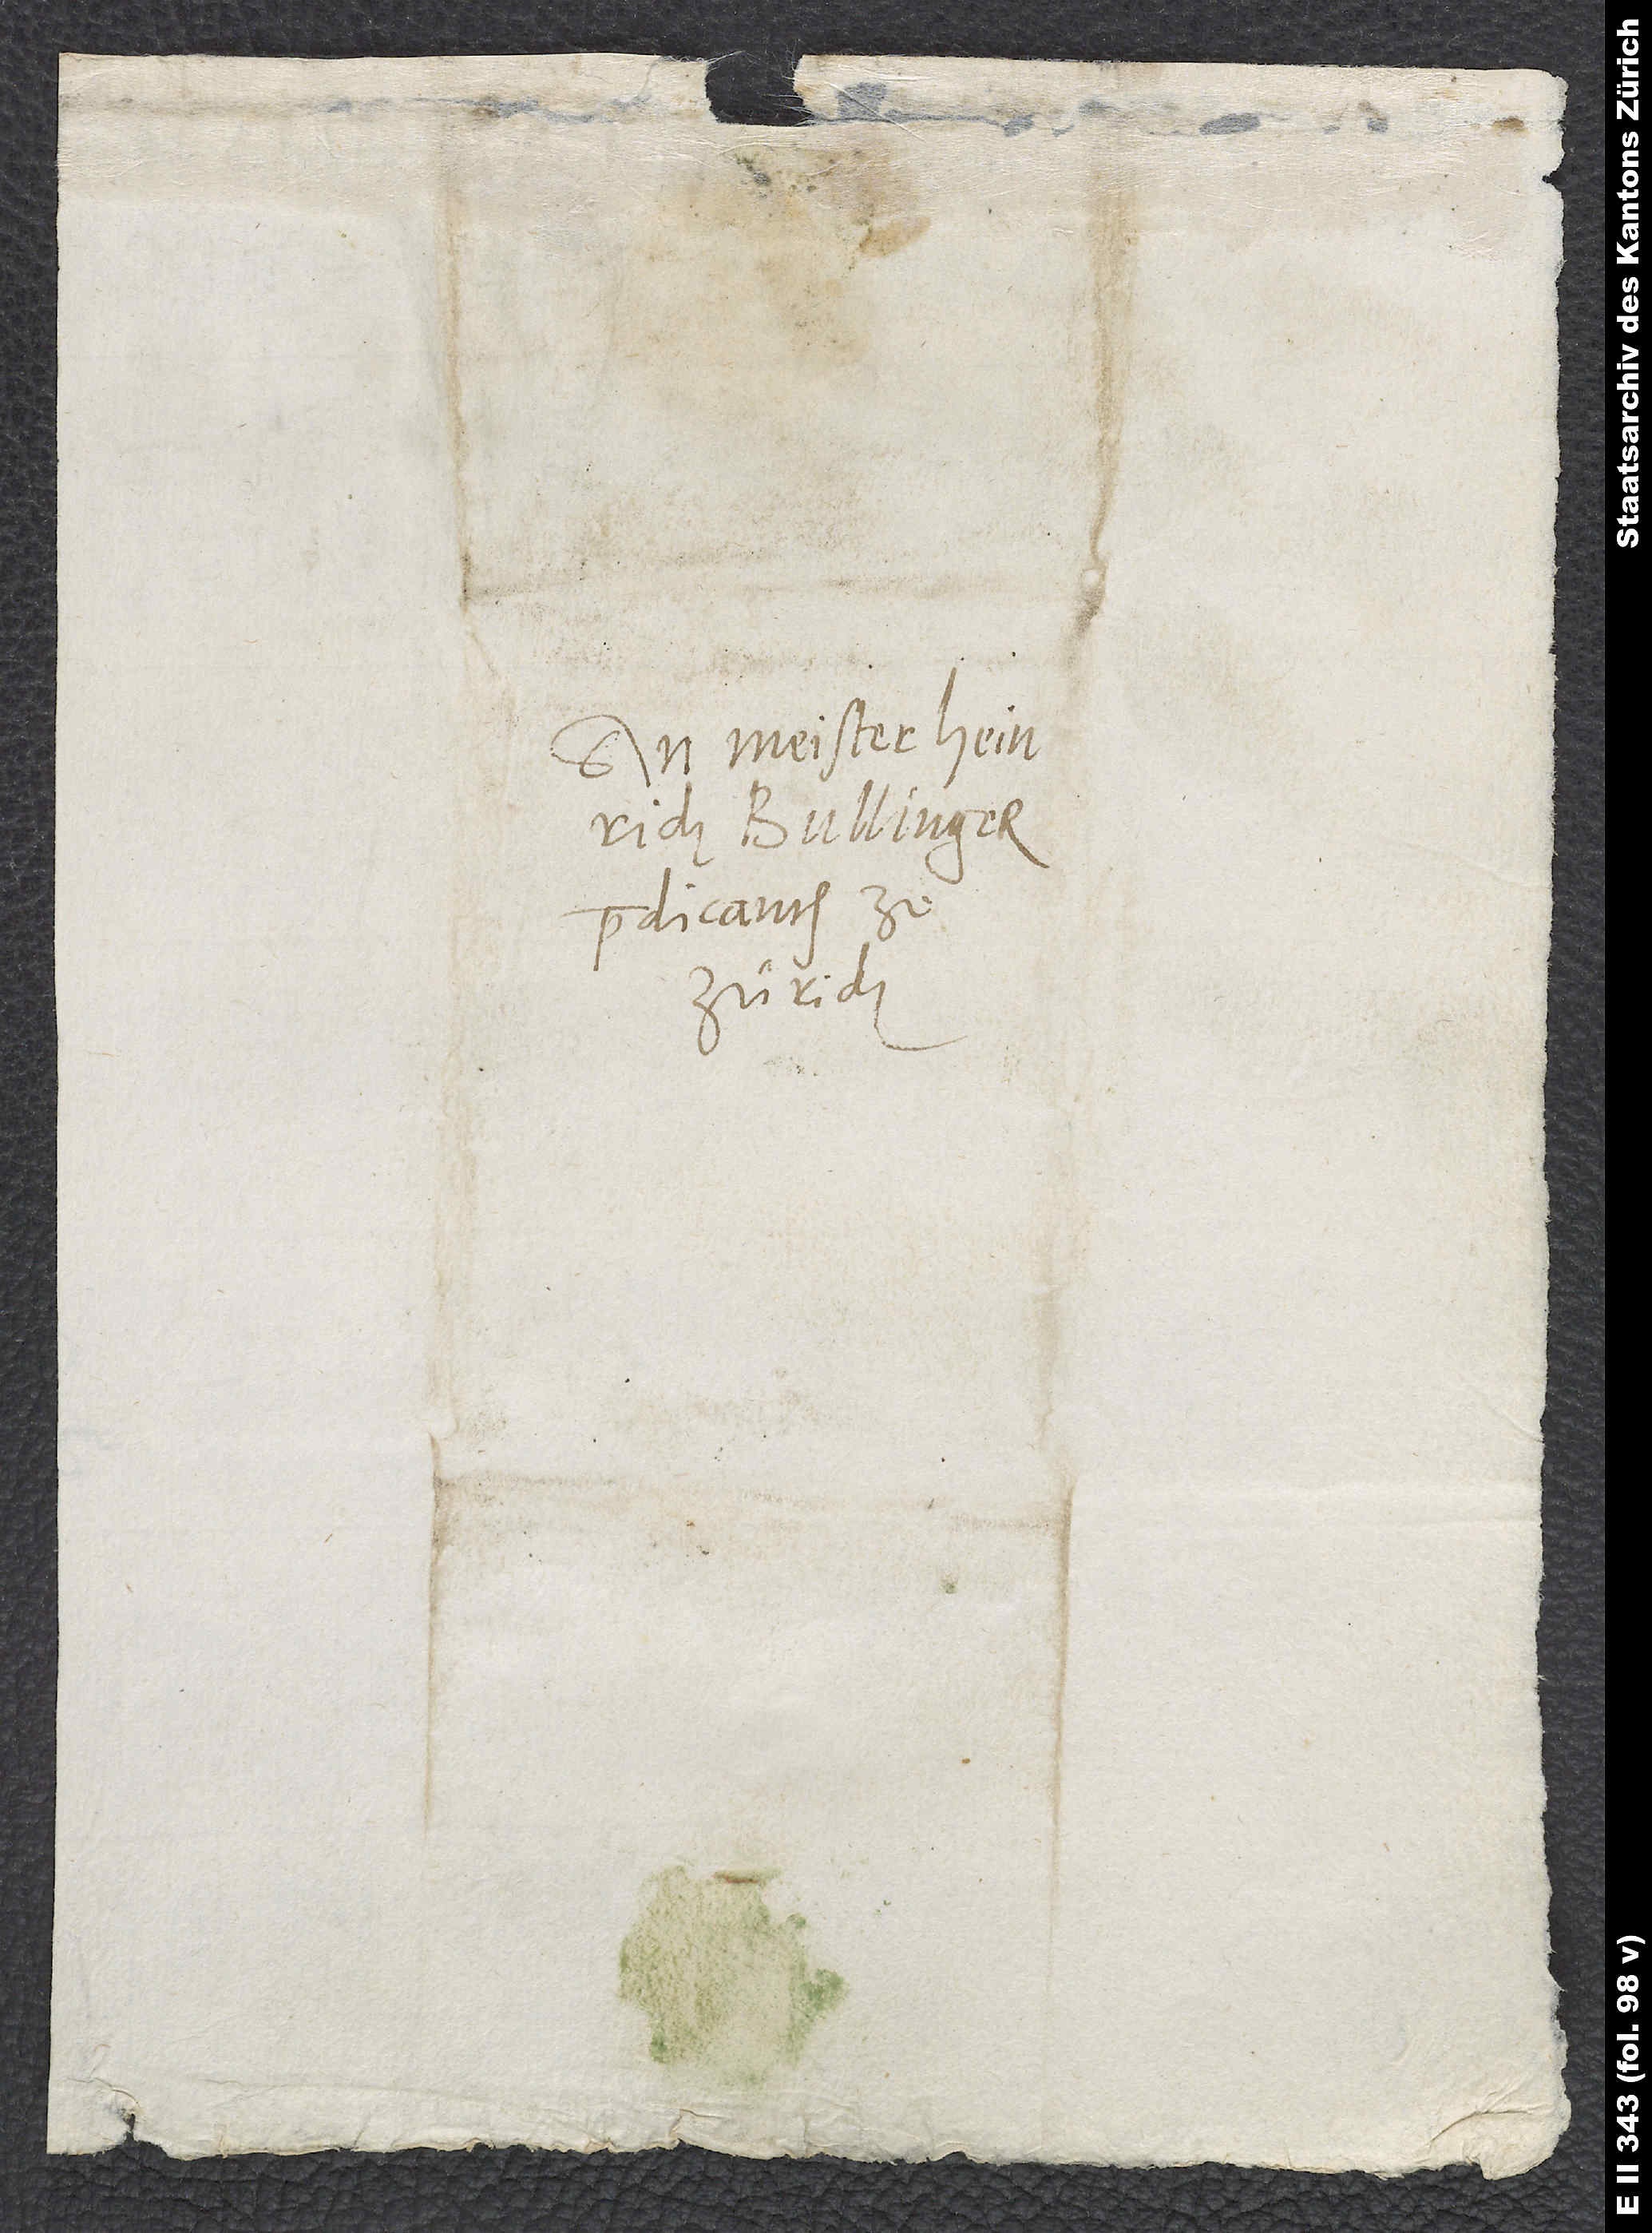
An Meister Heinrich
Bullinger,
predicanten ze
Zürich.